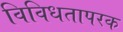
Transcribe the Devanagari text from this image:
विविधतापरक